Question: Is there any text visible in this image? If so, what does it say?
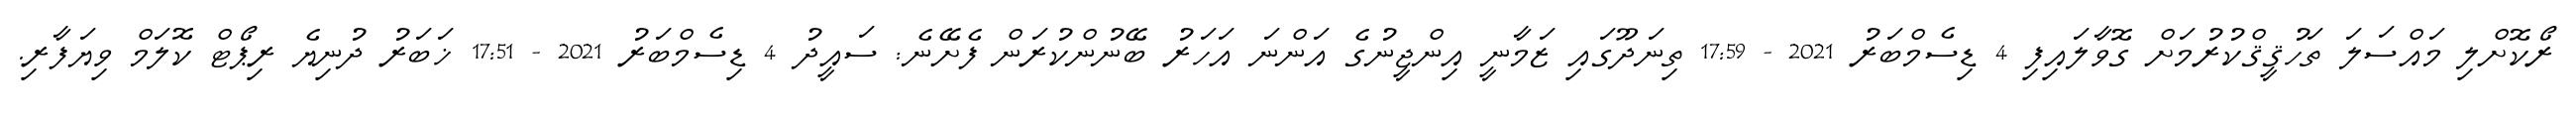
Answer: ރޯކޮށްލި މައްސަލަ ތަހުޤީޤްކުރުމަށް ގޮވާލައިފި 4 ޑިސެމްބަރު 2021 - 17:59 ތިނަދޫގައި ޒަމާނީ އިންޖީނުގެ އަންނަ އަހަރު ބޭނުންކުރަން ފެށޭނެ: ސައީދު 4 ޑިސެމްބަރު 2021 - 17:51 ޚަބަރު ދުނިޔެ ރިޕޯޓް ކޮލަމް ވިޔަފާރި.